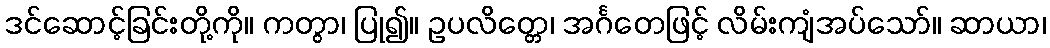
ဒင်ဆောင့်ခြင်းတို့ကို။ ကတွာ၊ ပြု၍။ ဥပလိတ္တေ၊ အင်္ဂတေဖြင့် လိမ်းကျံအပ်သော်။ ဆာယာ၊